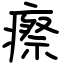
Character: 瘵